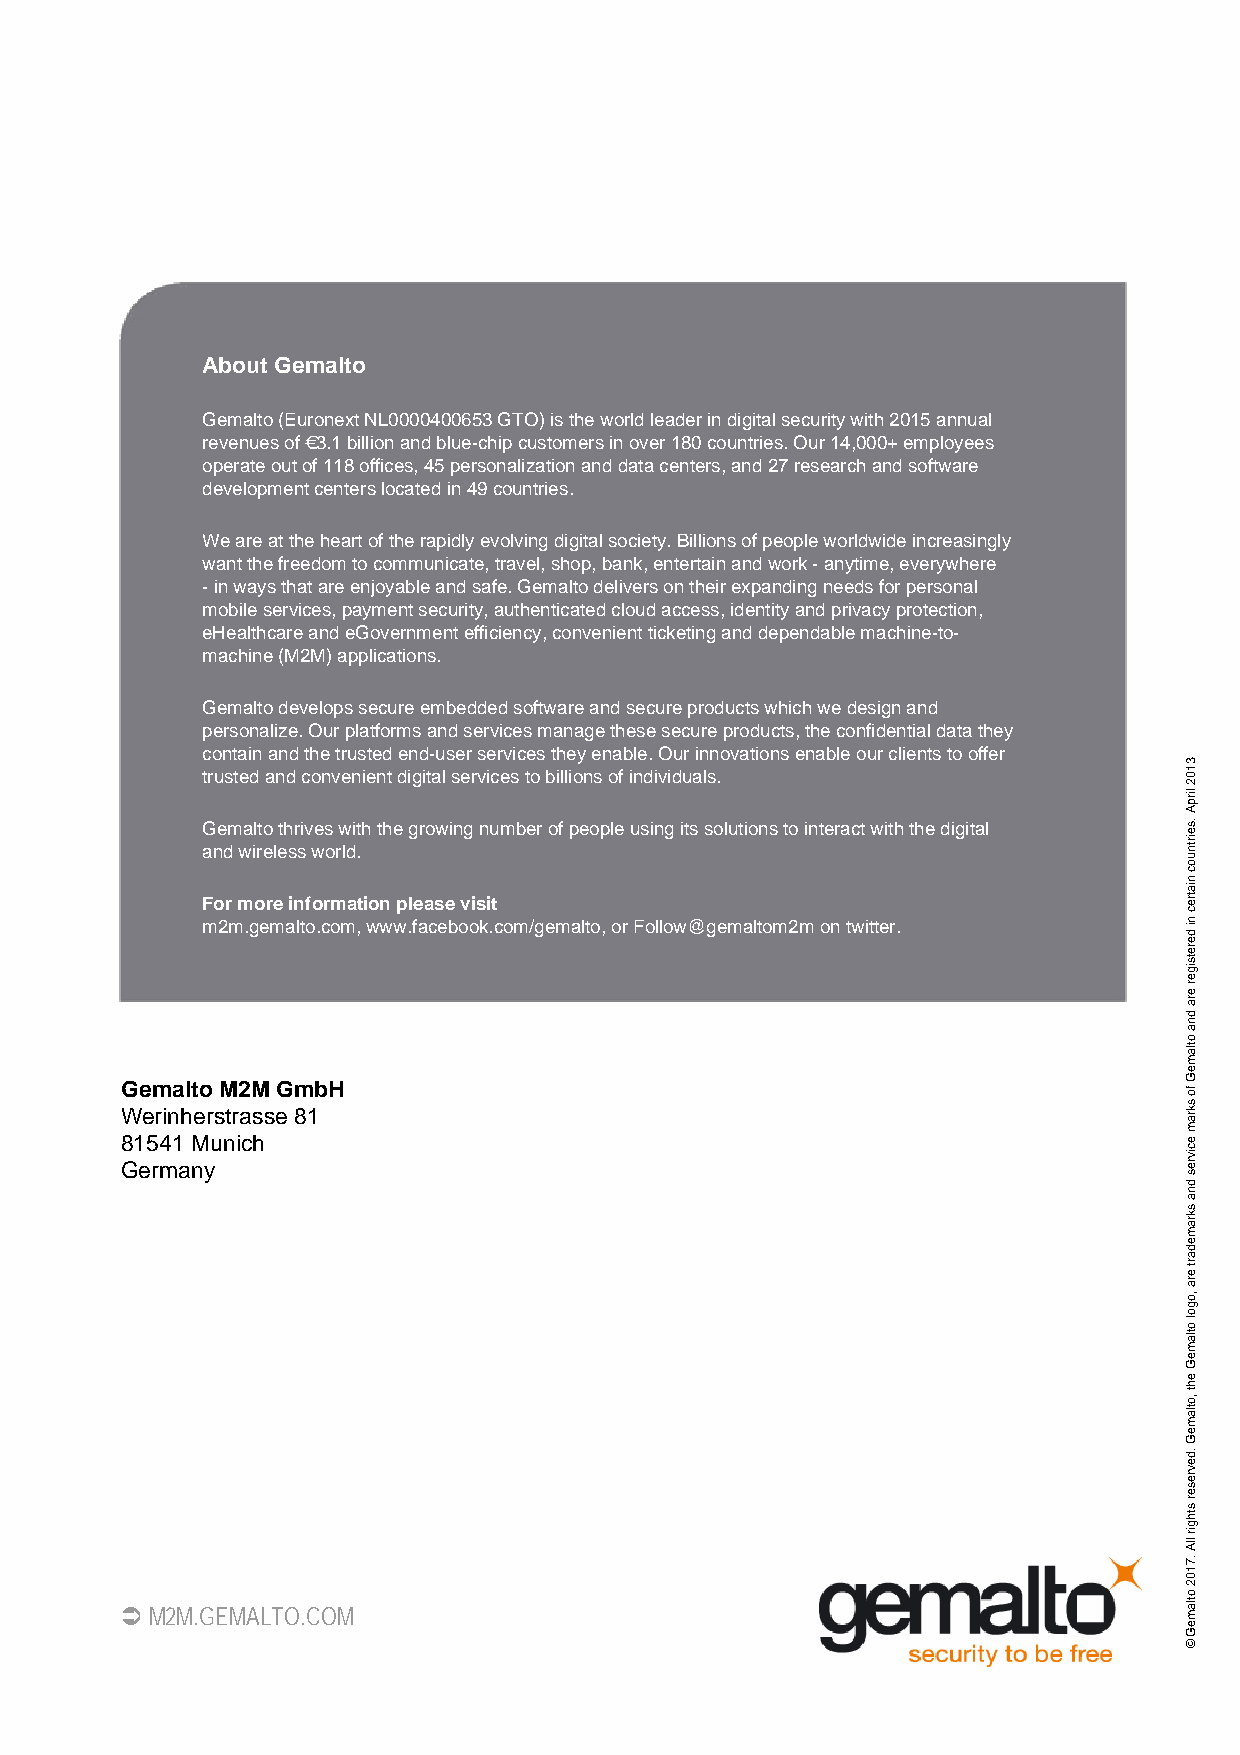
93
 About Gemalto
 Gemalto (Euronext NL0000400653 GTO) is the world leader in digital security with 2015 annual
 revenues of €3.1 billion and blue-chip customers in over 180 countries. Our 14,000+ employees
 operate out of 118 offices, 45 personalization and data centers, and 27 research and software
 development centers located in 49 countries.
 We are at the heart of the rapidly evolving digital society. Billions of people worldwide increasingly
 want the freedom to communicate, travel, shop, bank, entertain and work - anytime, everywhere
 - in ways that are enjoyable and safe. Gemalto delivers on their expanding needs for personal
 mobile services, payment security, authenticated cloud access, identity and privacy protection,
 eHealthcare and eGovernment efficiency, convenient ticketing and dependable machine-to-
 machine (M2M) applications.
 Gemalto develops secure embedded software and secure products which we design and
 personalize. Our platforms and services manage these secure products, the confidential data they
 contain and the trusted end-user services they enable. Our innovations enable our clients to offer
 trusted and convenient digital services to billions of individuals.
 Gemalto thrives with the growing number of people using its solutions to interact with the digital
 and wireless world.
 For more information please visit
 m2m.gemalto.com, www.facebook.com/gemalto, or Follow@gemaltom2m on twitter.
 Gemalto M2M GmbH
 Werinherstrasse 81
 81541 Munich
 Germany
  M2M.GEMALTO.COM
 3102
 lirpA
 .seirtnuoc
 niatrec
 ni
 deretsiger
 era
 dna
 otlameG
 fo
 skram
 ecivres
 dna
 skramedart
 era
 ,ogol
 otlameG
 eht
 ,otlameG
 .devreser
 sthgir
 llA
 .7102
 otlameG
 ©